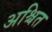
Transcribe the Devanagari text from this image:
अश्चित